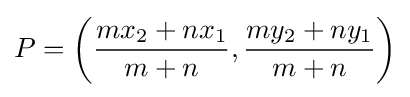
P=\left({\dfrac {mx_{2}+nx_{1}}{m+n}},{\dfrac {my_{2}+ny_{1}}{m+n}}\right)